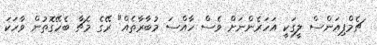
ޗެމްޕިއަންސް ލީގަކީ އަހަރެންނަށް ވެސް ހާއްސަ މުބާރާތެއް" ރޭގެ މެޗާ ބެހޭގޮތުން ވާހަކަ